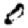
Digit: 0